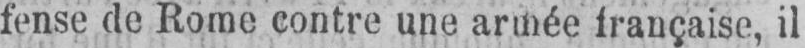
fense de Rome contre une armée française, il